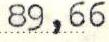
89,66